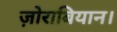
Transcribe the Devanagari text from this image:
ज़ोराबियान।